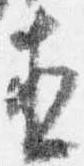
直